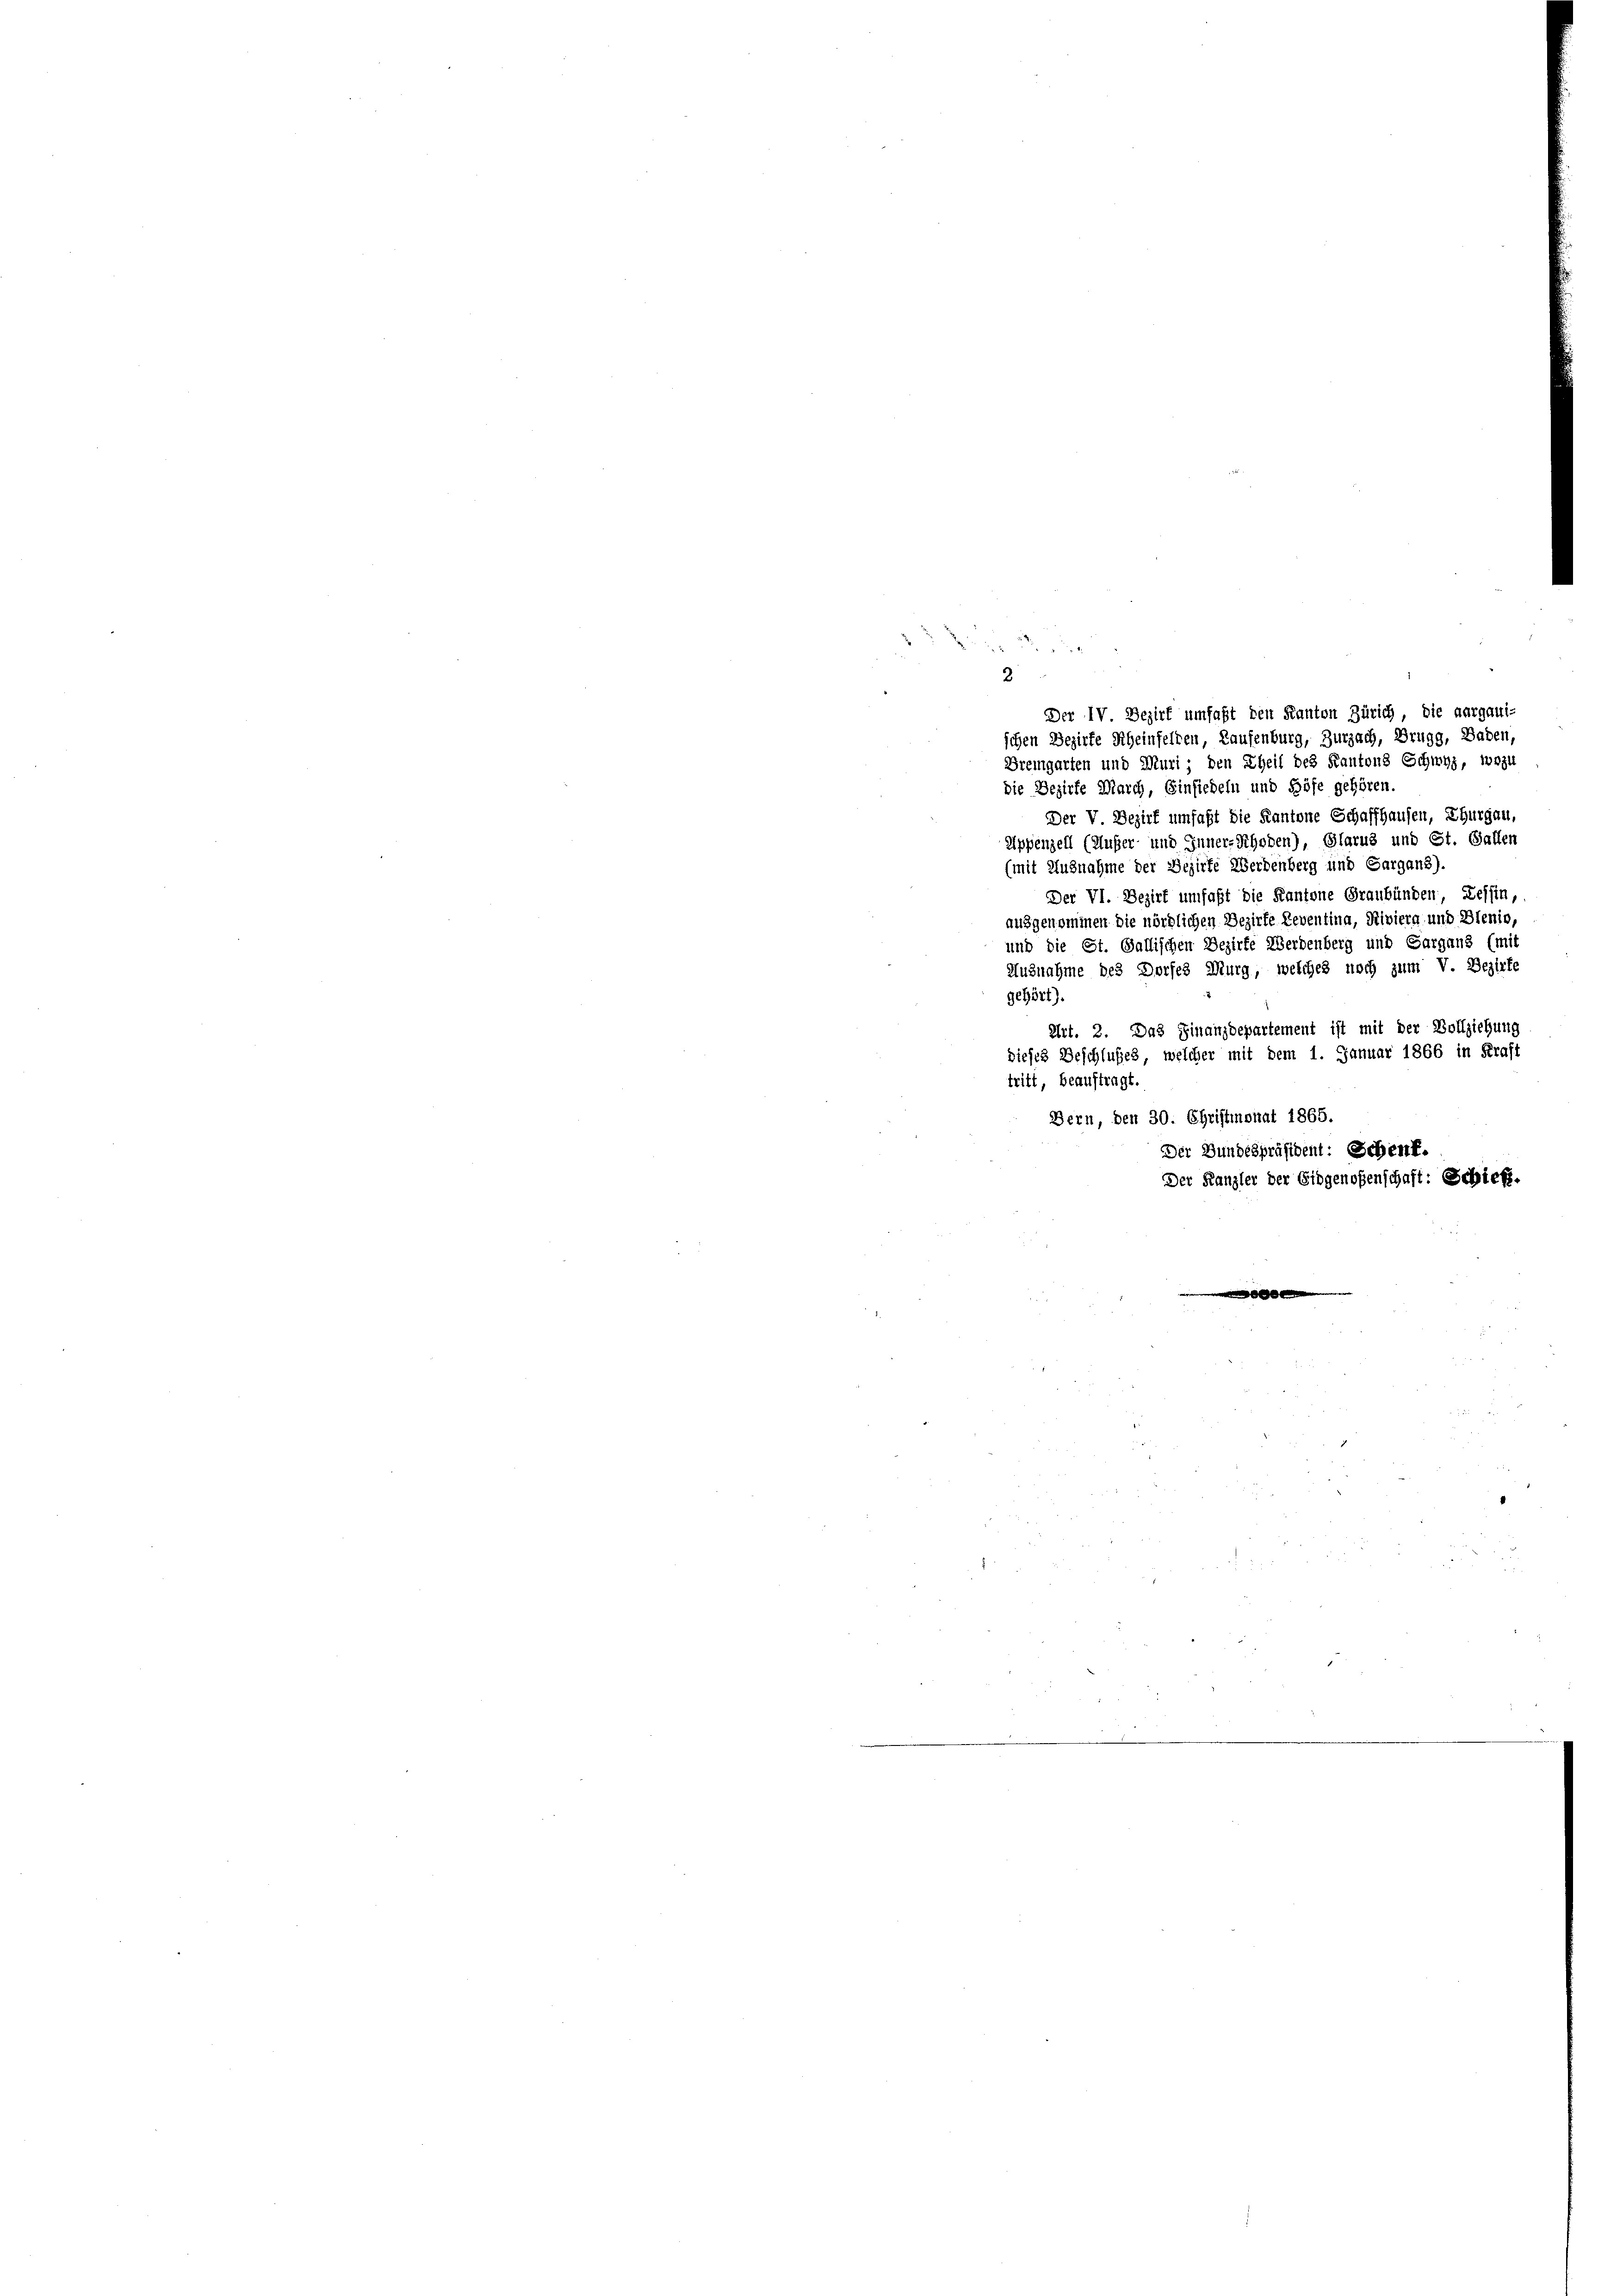
2

Der IV Bezirk umfaßt den Kanton Zürich, die aargaui-
schen Bezirke Rheinfelten, Laufenburg, Zurzach, Brugg, Baden,
Bremgarten und Muri, den Theil des Kantons Schwyz, wozu
die Bezirke March, Einsiedeln und Höfe gehören.
Der V Bezirk umfaßt die Kantone Schaffhausen, Thurgau,
Appenzell (Musser und Inner-Rhoden), Glarus und St. Galler
(mit Ausnahme der Bezirke Werdenberg und Sargans).
Der VI. Bezirk umfaßt die Kantone Graubünden, Zessin,
ausgenommen die nördlichen Bezirke Reventina, Riviera und Bienio,
und die St. Gallischen Bezirke Werdenberg und Gargans (mit
Ausnahme des Dorfes Murg, welches noch zum V. Bezirke
gehört).
Art. 2. Das Finanzdepartement ist mit der Vollziehung
dieses Beschlußes, welcher mit dem 1. Januar 1866 in Kraft
tritt, beauftragt.
Bern, den 30. Christmonat 1865.
Der Bundespräsident: Schenf.
Der Kanzler der Eidgenoßenschaft: Schieß.